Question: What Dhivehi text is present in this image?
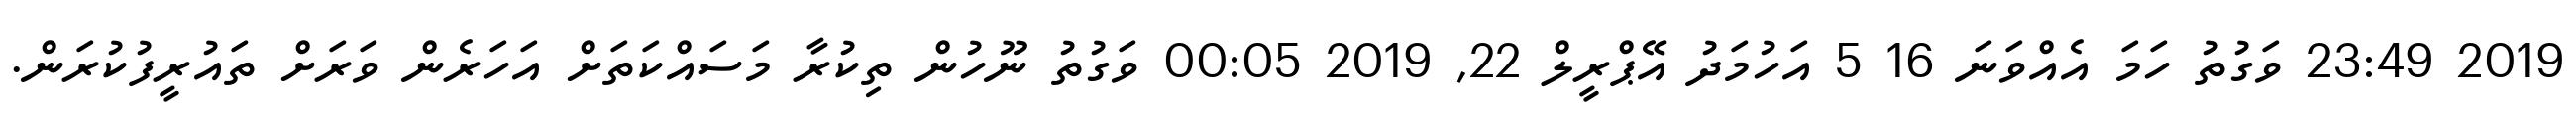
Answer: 2019 23:49 ވަގުތު ހަމަ އެއްވަނަ 16 5 އަހުމަދު އޭޕްރީލް 22, 2019 00:05 ވަގުތު ނޫހުން ތިކުރާ މަސައްކަތަށް އަހަރެން ވަރަށް ތައުރީފުކުރަން.